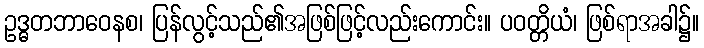
ဥဒ္ဓတဘာဝေနစ၊ ပြန်လွင့်သည်၏အဖြစ်ဖြင့်လည်းကောင်း။ ပဝတ္တိယံ၊ ဖြစ်ရာအခါ၌။